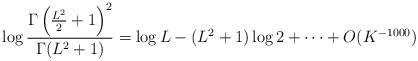
LaTeX: \begin{align*}\log \frac{\Gamma\left(\frac{L^2}{2}+1\right)^2}{\Gamma(L^2+1)}=\log L-(L^2+1)\log 2+\cdots+O(K^{-1000})\end{align*}